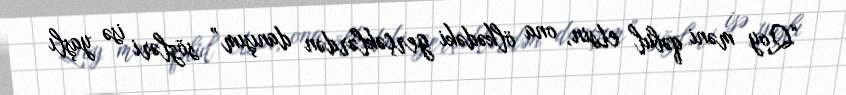
“Qoy məni qəbul etsin, ona ölkədəki gerçəklərdən danışım” sözləri isə yaşlı